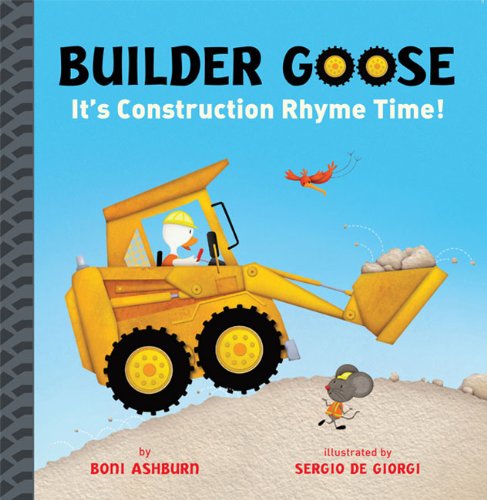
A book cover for Builder Goose: It's Construction Rhyme Time!; Boni Ashburn; Children's Books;